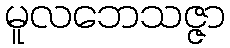
မူလဘေသဇ္ဇာ